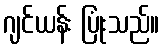
ဂျင်ယန်း ပြုံးသည်။